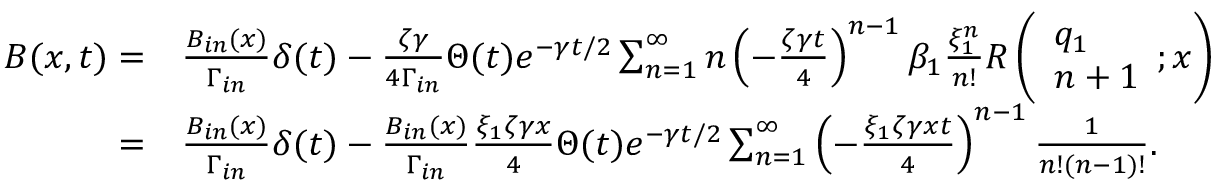
\begin{array} { r l } { B ( x , t ) = } & { \frac { B _ { i n } ( x ) } { \Gamma _ { i n } } \delta ( t ) - \frac { \zeta \gamma } { 4 \Gamma _ { i n } } \Theta ( t ) e ^ { - \gamma t / 2 } \sum _ { n = 1 } ^ { \infty } n \left( - \frac { \zeta \gamma t } { 4 } \right) ^ { n - 1 } \beta _ { 1 } \frac { \xi _ { 1 } ^ { n } } { n ! } R \left( \begin{array} { l } { q _ { 1 } } \\ { n + 1 } \end{array} ; x \right) } \\ { = } & { \frac { B _ { i n } ( x ) } { \Gamma _ { i n } } \delta ( t ) - \frac { B _ { i n } ( x ) } { \Gamma _ { i n } } \frac { \xi _ { 1 } \zeta \gamma x } { 4 } \Theta ( t ) e ^ { - \gamma t / 2 } \sum _ { n = 1 } ^ { \infty } \left( - \frac { \xi _ { 1 } \zeta \gamma x t } { 4 } \right) ^ { n - 1 } \frac { 1 } { n ! ( n - 1 ) ! } . } \end{array}